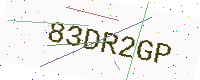
Text: 83DR2GP